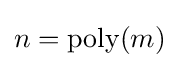
n={\text{poly}}(m)